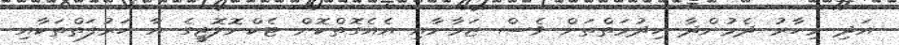
އަދި މިހާރު ދެމުންދާ ހިދުމަތްތަށް ވެސް ޒަމާނާއި އެއެގޮތްކޮށް ޓެކްނޮލޮޖީގެ އާ ހަރުފަތްތަކާއި